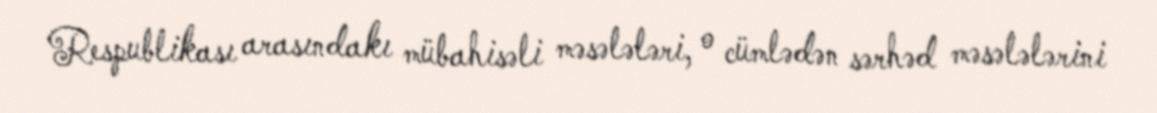
Respublikası arasındakı mübahisəli məsələləri, o cümlədən sərhəd məsələlərini